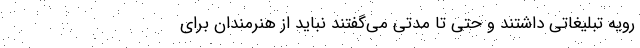
رویه تبلیغاتی داشتند و حتی تا مدتی می‌گفتند نباید از هنرمندان برای